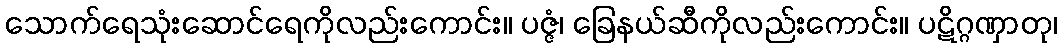
သောက်ရေသုံးဆောင်ရေကိုလည်းကောင်း။ ပဇ္ဇံ၊ ခြေနယ်ဆီကိုလည်းကောင်း။ ပဋိဂ္ဂဏှာတု၊